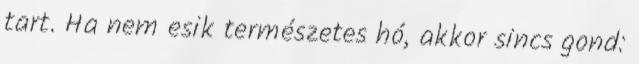
tart. Ha nem esik természetes hó, akkor sincs gond: